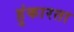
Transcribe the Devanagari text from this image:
हुंकारता